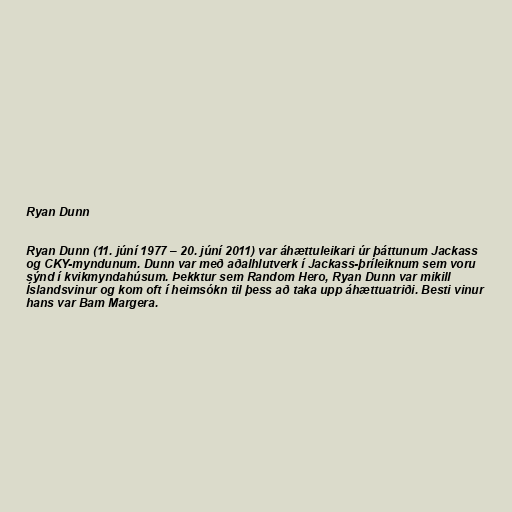
Ryan Dunn

Ryan Dunn (11. júní 1977 – 20. júní 2011) var áhættuleikari úr þáttunum Jackass
og CKY-myndunum. Dunn var með aðalhlutverk í Jackass-þríleiknum sem voru
sýnd í kvikmyndahúsum. Þekktur sem Random Hero, Ryan Dunn var mikill
Íslandsvinur og kom oft í heimsókn til þess að taka upp áhættuatriði. Besti vinur
hans var Bam Margera.